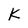
Character: k